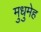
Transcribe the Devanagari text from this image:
मुधुमेह